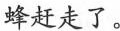
蜂赶走了。